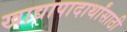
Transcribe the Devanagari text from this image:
खाद्यापादार्थांसाठी